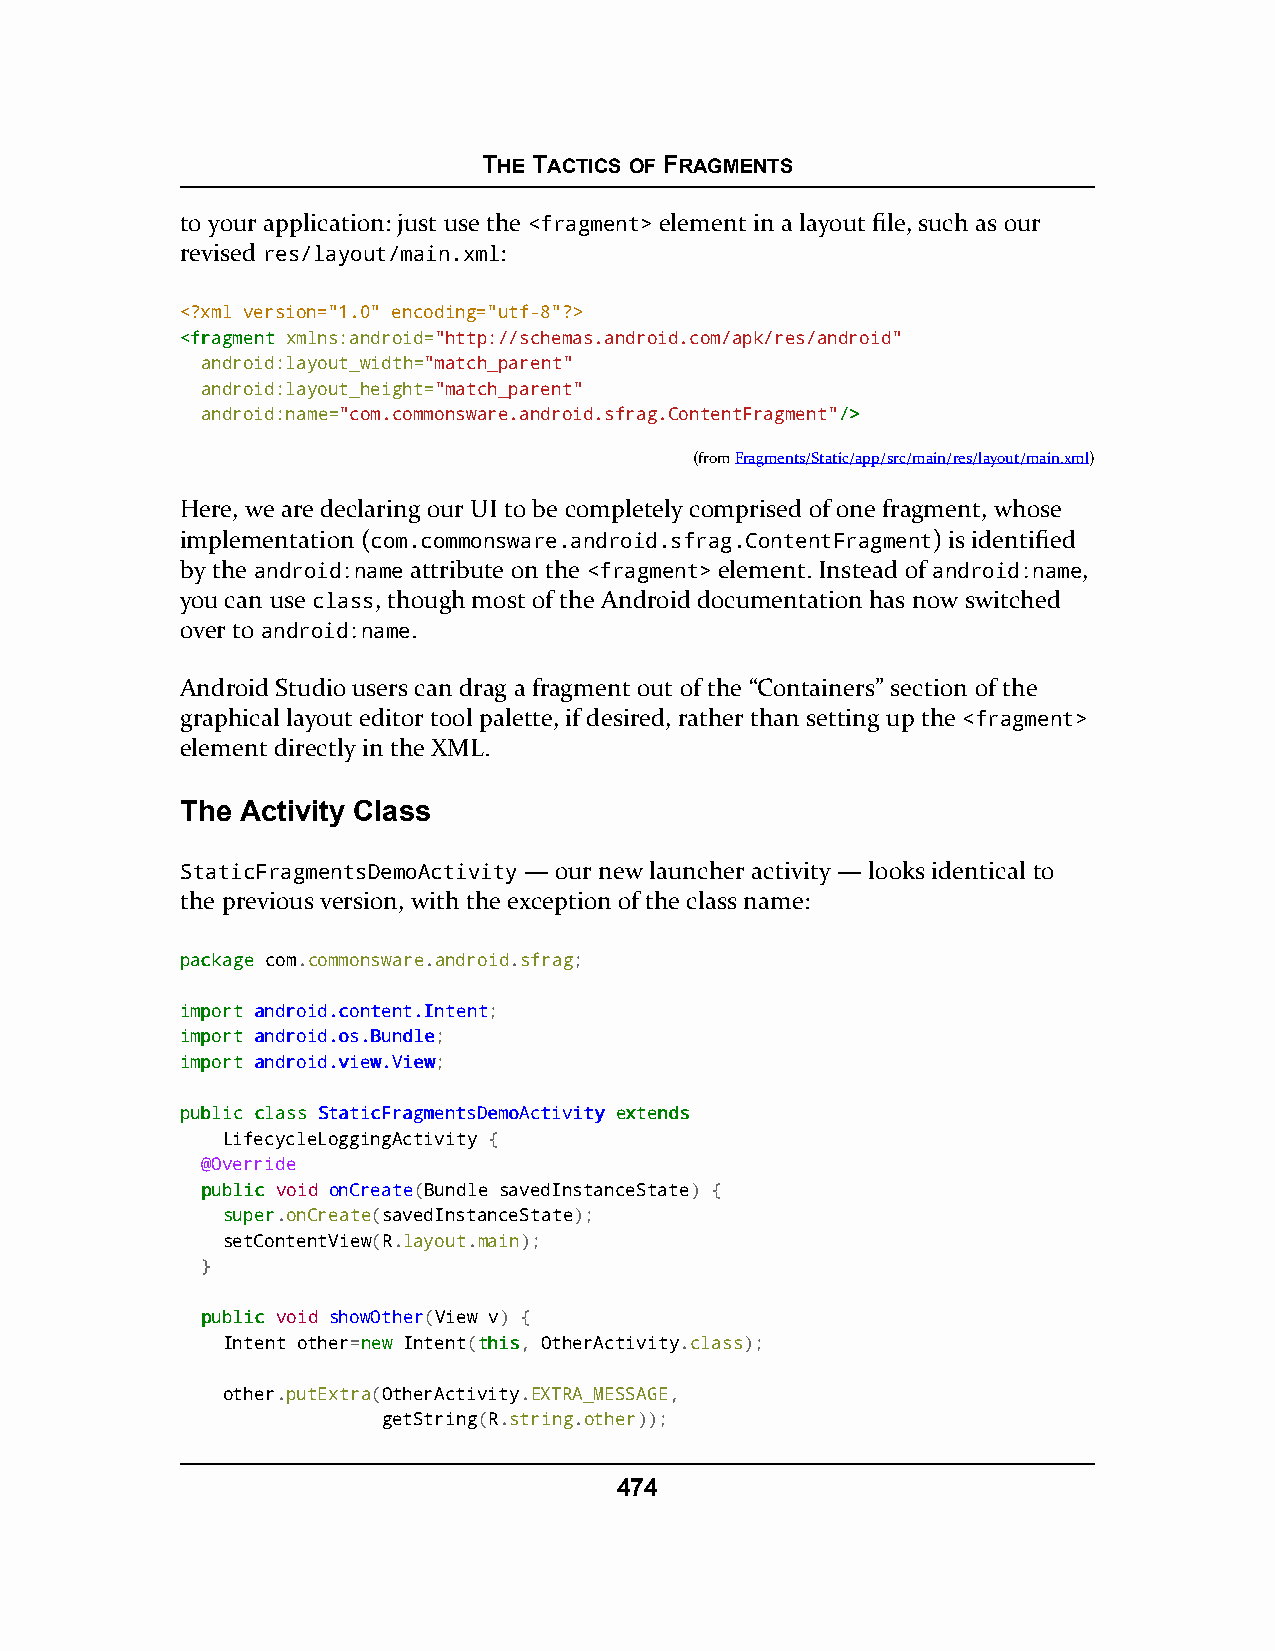
THE TACTICS OF FRAGMENTS
 to your application: just use the <fragment> element in a layout file, such as our
 revised res/layout/main.xml:
 <?xml version="1.0" encoding="utf-8"?>
 <<ffrraaggmmeenntt xmlns:android="http://schemas.android.com/apk/res/android"
 android:layout_width="match_parent"
 android:layout_height="match_parent"
 android:name="com.commonsware.android.sfrag.ContentFragment"//>>
 (fromFragments/Static/app/src/main/res/layout/main.xml)
 Here, we are declaring our UI to be completely comprised of one fragment, whose
 implementation (com.commonsware.android.sfrag.ContentFragment) is identified
 by the android:name attribute on the <fragment> element. Instead of android:name,
 you can use class, though most of the Android documentation has now switched
 over to android:name.
 Android Studio users can drag a fragment out of the “Containers” section of the
 graphical layout editor tool palette, if desired, rather than setting up the <fragment>
 element directly in the XML.
 The Activity Class
 StaticFragmentsDemoActivity — our new launcher activity — looks identical to
 the previous version, with the exception of the class name:
 ppaacckkaaggee com.commonsware.android.sfrag;
 iimmppoorrtt aannddrrooiidd..ccoonntteenntt..IInntteenntt;
 iimmppoorrtt aannddrrooiidd..ooss..BBuunnddllee;
 iimmppoorrtt aannddrrooiidd..vviieeww..VViieeww;
 ppuubblliicc ccllaassss SSttaattiiccFFrraaggmmeennttssDDeemmooAAccttiivviittyy eexxtteennddss
 LifecycleLoggingActivity {
 @Override
 ppuubblliicc void onCreate(Bundle savedInstanceState) {
 ssuuppeerr.onCreate(savedInstanceState);
 setContentView(R.layout.main);
 }
 ppuubblliicc void showOther(View v) {
 Intent other=nneeww Intent(tthhiiss, OtherActivity.class);
 other.putExtra(OtherActivity.EXTRA_MESSAGE,
 getString(R.string.other));
 474